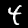
Digit: 4